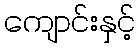
ကျောင်းနှင့်